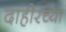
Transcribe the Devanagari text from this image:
दाहीरच्या